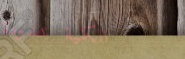
الكمية محدودة